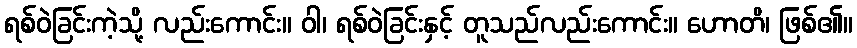
ရစ်ဝဲခြင်းကဲ့သို့ လည်းကောင်း။ ဝါ၊ ရစ်ဝဲခြင်းနှင့် တူသည်လည်းကောင်း။ ဟောတိ၊ ဖြစ်၏။